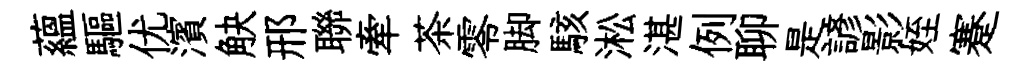
藴驅优濱觖邢聯牽茶零脚駭淞湛例聊是諺影姪蹇